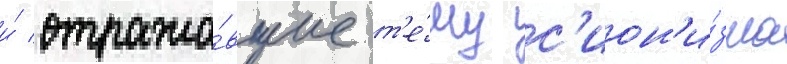
и́ отража́вшие т'е́му с'ион'и́зма